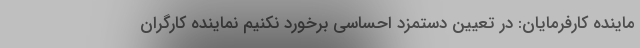
ماینده کارفرمایان: در تعیین دستمزد احساسی برخورد نکنیم نماینده کارگران